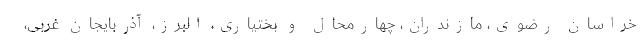
خراسان رضوی، مازندران، چهارمحال و بختیاری، البرز، آذربایجان غربی،